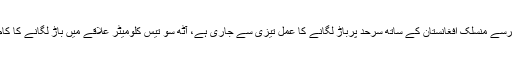
پاک فوج کی جانب سے ضلع خیبرسے منسلک افغانستان کے ساتھ سرحد پرباڑ لگانے کا عمل تیزی سے جاری ہے، آٹھ سو تیس کلومیٹر علاقے میں باڑ لگانے کا کام رواں سال مکمل کرلیا جائے گا۔